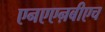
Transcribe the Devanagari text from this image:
एनएएऩबीएच